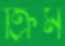
ক্রিম